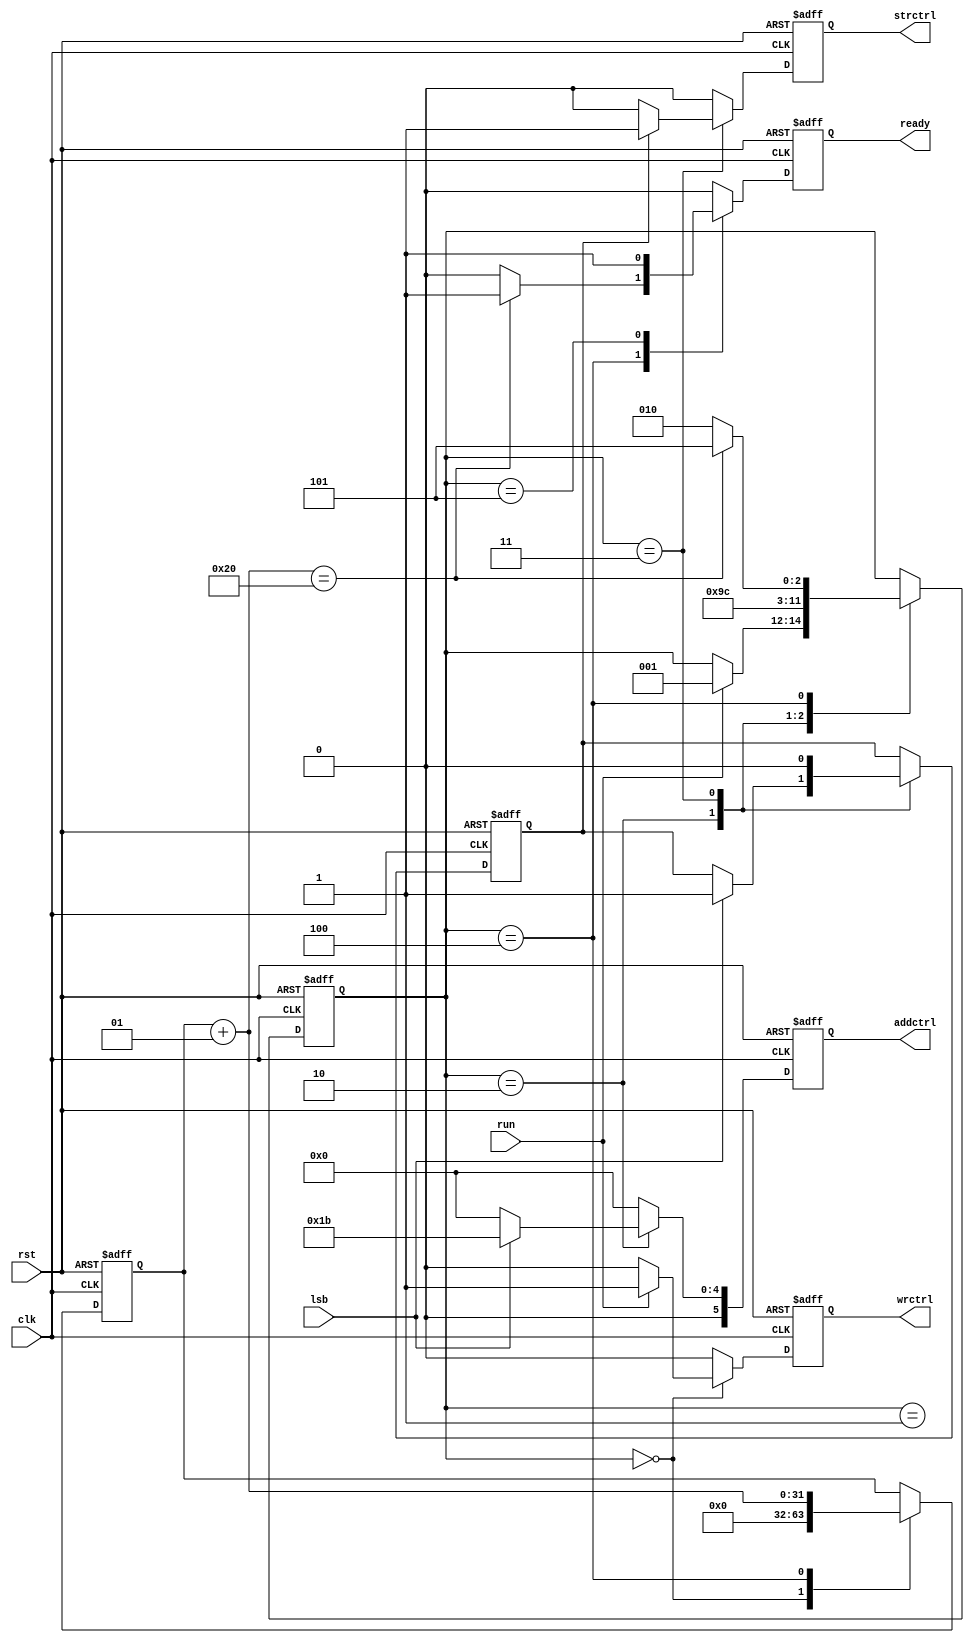
module Control(
	input run,//Signal for start the multiplication
	input rst,//Signal for reset
	input clk,//Clock
	input lsb,//The least bit of multiplier
	output reg ready,//Result ready
	output reg strctrl, //Signal for store the ALU result into Product
	output reg wrctrl,//The signal of write control
	output reg [5:0] addctrl //for ALU function
	);
	reg [2:0]state;//The state
	reg [2:0]next_state;//The next state
	reg strctrl_wait;//We need to shift fitst,so we creat a register to store the state
	integer i;//Creat the integer i to make sure how much counted
	
	always@(posedge clk or posedge rst)begin
		if(rst)begin//If reset signal is 1,put the value 0 to all output and all setting
			i=0;
			ready=0;
			strctrl=0;
			strctrl_wait=0;
			wrctrl=0;
			addctrl=6'd0;
			state=3'd0;
			next_state=3'd0;
		end
		else begin
			ready=0;//Everytime needs to clear previous setting
			strctrl=0;
			wrctrl=0;
			addctrl=6'd0;
			state=next_state;
			case(state)				
				3'd0:begin//Identify can run or not
					i=0;
					if(run) begin
						wrctrl=1;
						next_state=3'd1;
					end
				end
				3'd1:next_state=3'd2;
				3'd2:begin//Identify lsb use ALU to ADD or not
					if(lsb) begin
						addctrl=6'd27;
						strctrl_wait=1;
					end
					next_state=3'd3;
				end
				3'd3:begin//Identify strctrl_wait load ALU result or not
					if(strctrl_wait) begin
						strctrl=1;
						strctrl_wait=0;
					end
					next_state=3'd4;
				end
				3'd4:begin//Check times
					i=i+1;
					if(i==32) begin
						ready=1;
						next_state=3'd5;
					end
					else next_state=3'd2;
				end
				3'd5:ready=1;//Maintain ready until reset
			endcase
		end		
	end
endmodule